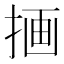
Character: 𫽇